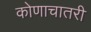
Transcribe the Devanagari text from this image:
कोणाचातरी